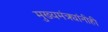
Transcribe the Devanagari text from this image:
मुख्यमंत्र्यांनीही